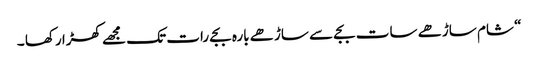
“ شام ساڑھے سات بجے سے ساڑھے بارہ بجے رات تک مجھے کھڑا رکھا ۔